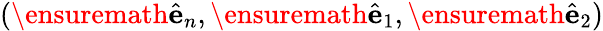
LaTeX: (\ensuremath{\hat{\mathbf{e}}}_{n},\ensuremath{\hat{\mathbf{e}}}_{1},\ensuremath{\hat{\mathbf{e}}}_{2})